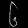
Digit: ၆